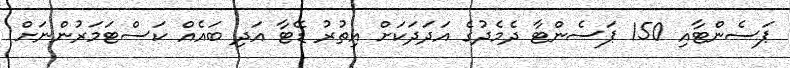
ޕަސެންޓާއި 150 ޕަސެންޓާ ދެމެދުގެ އަދަދަކަށް އިތުރު ޑޭޓާ އަދި ބައެއް ކަސްޓަމަރުންނަށް